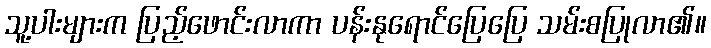
သူ့ပါးများက ပြည့်ဖောင်းလာကာ ပန်းနုရောင်ပြေပြေ သမ်းစပြုလာ၏။